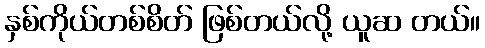
နှစ်ကိုယ်တစ်စိတ် ဖြစ်တယ်လို့ ယူဆ တယ်။